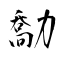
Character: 勪